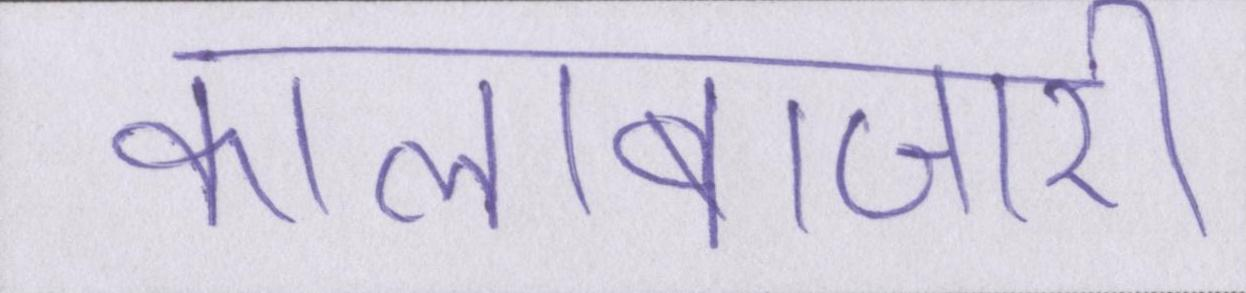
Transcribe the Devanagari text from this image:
कालाबाजारी